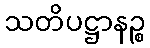
သတိပဋ္ဌာနဉ္စ